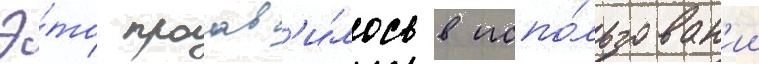
Э́то проав'и́лось в испо́льзован'ии